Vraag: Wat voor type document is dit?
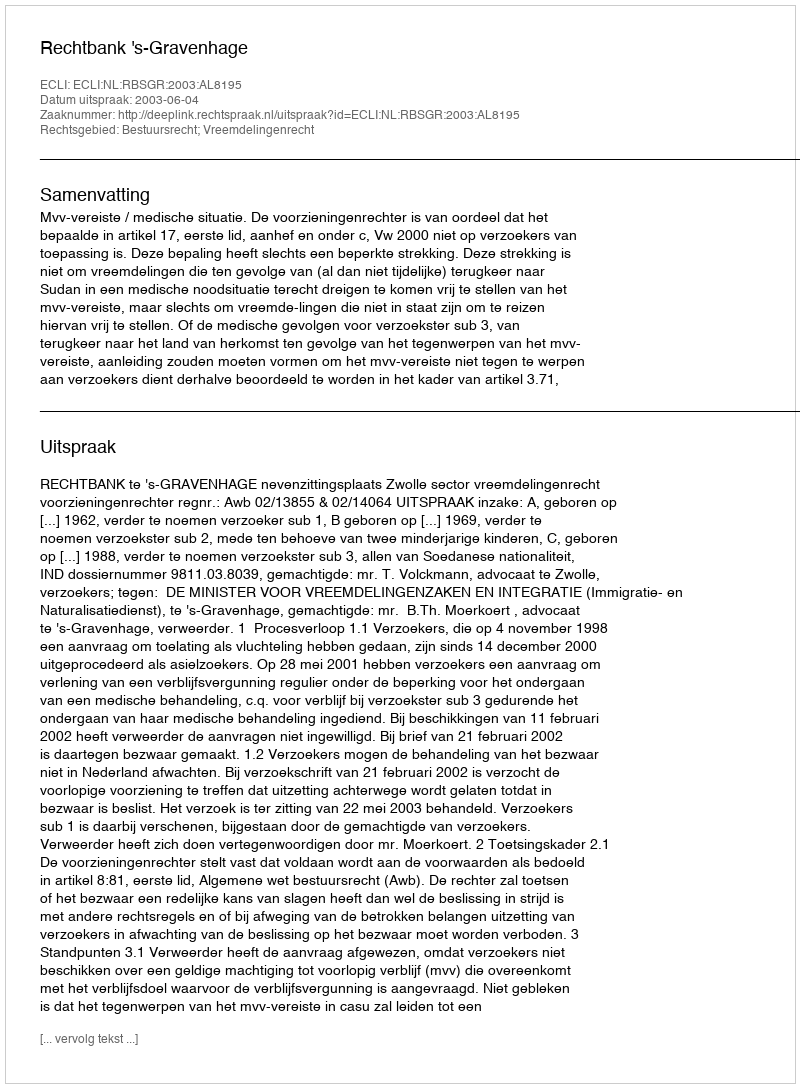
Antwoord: Uitspraak